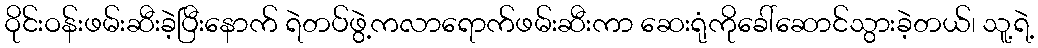
ဝိုင်းဝန်းဖမ်းဆီးခဲ့ပြီးနောက် ရဲတပ်ဖွဲ့ကလာရောက်ဖမ်းဆီးကာ ဆေးရုံကိုခေါ်ဆောင်သွားခဲ့တယ်၊ သူ့ရဲ့